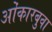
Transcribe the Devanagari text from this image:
ओंकारबुवा